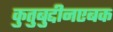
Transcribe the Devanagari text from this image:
कुतुबुद्दीनएबक